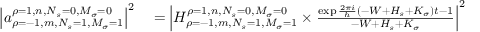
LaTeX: \begin{array} { r l } { \left| a _ { \rho = - 1 , m , N _ { s } = 1 , M _ { \sigma } = 1 } ^ { \rho = 1 , n , N _ { s } = 0 , M _ { \sigma } = 0 } \right| ^ { 2 } } & { { } = \left| H _ { \rho = - 1 , m , N _ { s } = 1 , M _ { \sigma } = 1 } ^ { \rho = 1 , n , N _ { s } = 0 , M _ { \sigma } = 0 } \times { \frac { \exp { { \frac { 2 \pi i } { h } } ( - W + H _ { s } + K _ { \sigma } ) t } - 1 } { - W + H _ { s } + K _ { \sigma } } } \right| ^ { 2 } } \end{array}